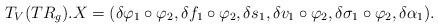
LaTeX: \begin{align*} T_{V}(TR_{g}). X = (\delta \varphi_{1}\circ\varphi_{2},\delta f_{1}\circ\varphi_{2},\delta s_{1},\delta v_{1}\circ\varphi_{2},\delta \sigma_{1}\circ\varphi_{2},\delta \alpha_{1}).\end{align*}